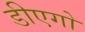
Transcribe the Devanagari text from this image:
डीएगो